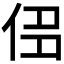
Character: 𠈎